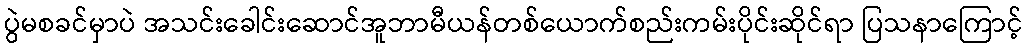
ပွဲမစခင်မှာပဲ အသင်းခေါင်းဆောင်အူဘာမီယန်တစ်ယောက်စည်းကမ်းပိုင်းဆိုင်ရာ ပြသနာကြောင့်